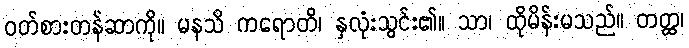
ဝတ်စားတန်ဆာကို။ မနသိ ကရောတိ၊ နှလုံးသွင်း၏။ သာ၊ ထိုမိန်းမသည်။ တတ္ထ၊